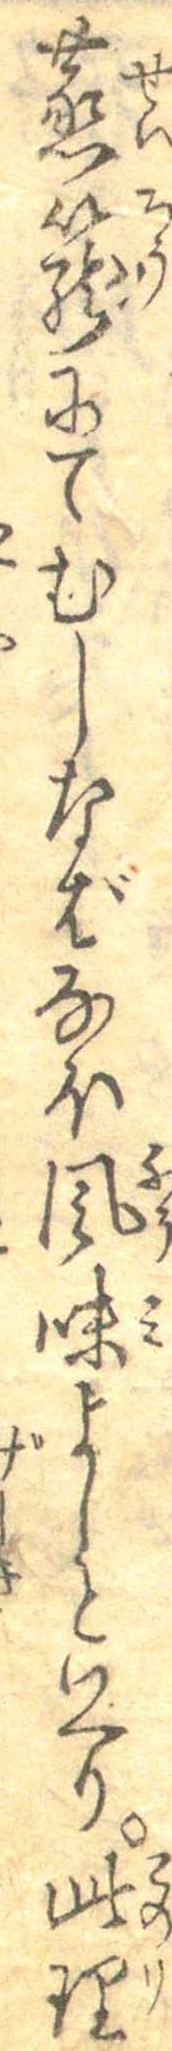
蒸篭にてむしなばなほ風味よしといへり此理